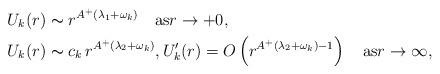
LaTeX: \begin{align*} & U_k(r)\thicksim r^{A^+(\lambda_1+\omega_k)}\quad\mbox{as}r\to+0,\\ & U_k(r)\thicksim c_k\,r^{A^+(\lambda_2+\omega_k)}, U_k'(r)=O\left(r^{A^+(\lambda_2+\omega_k)-1}\right)\quad\mbox{as}r\to\infty,\end{align*}